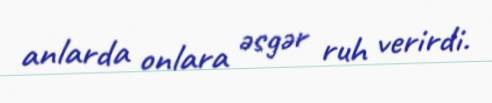
anlarda onlara əsgər ruh verirdi.